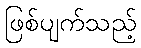
ဖြစ်ပျက်သည့်